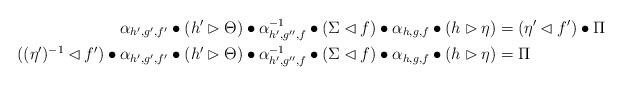
LaTeX: \begin{align*}\alpha_{h',g',f'} \bullet (h' \rhd \Theta) \bullet \alpha^{-1}_{h',g'',f} \bullet (\Sigma \lhd f) \bullet \alpha_{h,g,f} \bullet (h \rhd \eta) &= ( \eta' \lhd f') \bullet \Pi \\( (\eta')^{-1} \lhd f')\bullet \alpha_{h',g',f'} \bullet (h' \rhd \Theta) \bullet \alpha^{-1}_{h',g'',f} \bullet (\Sigma \lhd f) \bullet \alpha_{h,g,f} \bullet (h \rhd \eta) &= \Pi\end{align*}